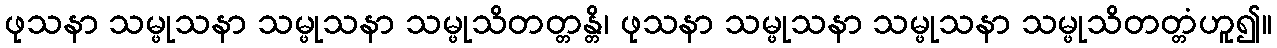
ဖုသနာ သမ္ဖုသနာ သမ္ဖုသနာ သမ္ဖုသိတတ္တန္တိ၊ ဖုသနာ သမ္ဖုသနာ သမ္ဖုသနာ သမ္ဖုသိတတ္တံဟူ၍။